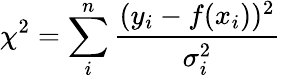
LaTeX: \chi^{2}=\sum_{i}^{n}\frac{(y_{i}-f(x_{i}))^{2}}{\sigma_{i}^{2}}